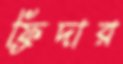
ফ্রিদার